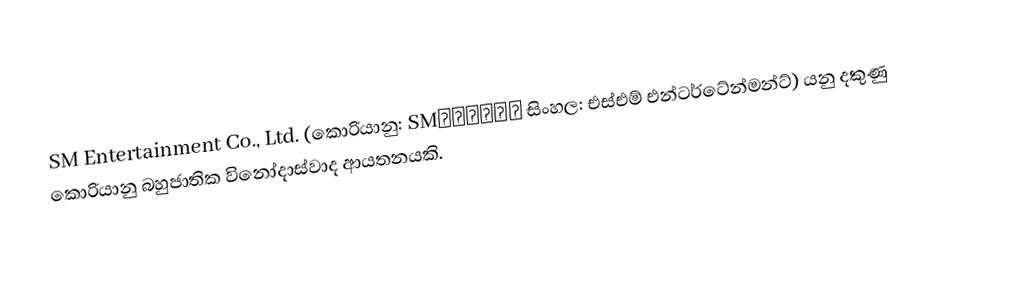
SM Entertainment Co., Ltd. (කොරියානු: SM엔터테인먼트 සිංහල: එස්එම් එන්ටර්ටේන්මන්ට්) යනු දකුණු කොරියානු බහුජාතික විනෝදාස්වාද ආයතනයකි.